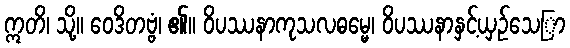
ဣတိ၊ သို့။ ဝေဒိတဗ္ဗံ၊ ၏။ ဝိပဿနာကုသလဓမ္မေ၊ ဝိပဿနာနှင့်ယှဉ်သေြာ